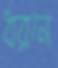
ধরনে